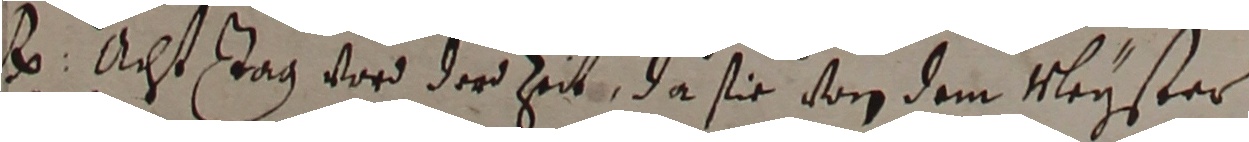
Hr. Achst tag vord der zet, da sie von dem Neyster